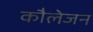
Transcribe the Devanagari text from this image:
कौलेजन